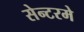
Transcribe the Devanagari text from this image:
सेन्टरमे